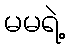
မမရဲ့